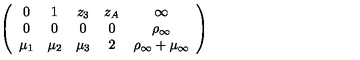
\left( \begin{array} { c c c c c } { 0 } & { 1 } & { z _ { 3 } } & { z _ { A } } & { \infty } \\ { 0 } & { 0 } & { 0 } & { 0 } & { \rho _ { \infty } } \\ { \mu _ { 1 } } & { \mu _ { 2 } } & { \mu _ { 3 } } & { 2 } & { \rho _ { \infty } + \mu _ { \infty } } \\ \end{array} \right)